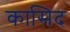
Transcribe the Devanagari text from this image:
कासिद